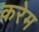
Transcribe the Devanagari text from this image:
करेम